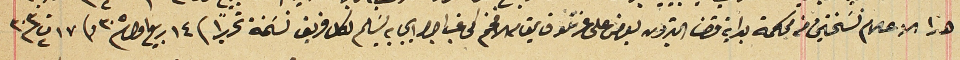
هذا الاعلام نسَختين من محكمة بدايه قضا البترون يعرض على عزتلو قايمقام الافخم كى غب اجرا ايجابه يسَلم لكل فريق نسَخة تحريراً فى ١٤ ربيع اول /٣٠٥ وفى ١٧ت٢ /٣٠٣